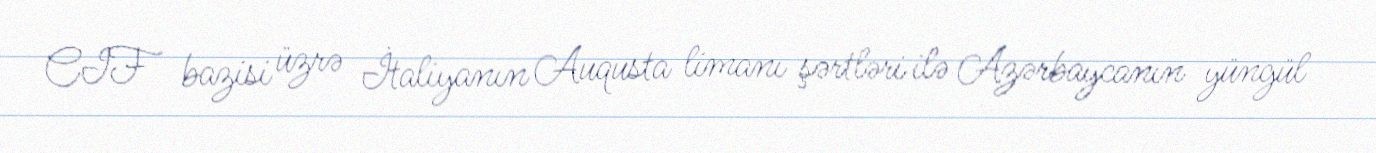
CIF bazisi üzrə İtaliyanın Auqusta limanı şərtləri ilə Azərbaycanın yüngül